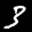
Label: 3